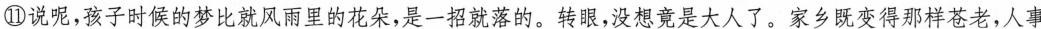
⑪说呢,孩子时候的梦比就风雨里的花失,是一招就落的。转眼,没想竟是大人了。家乡既变得那样苍老,人事